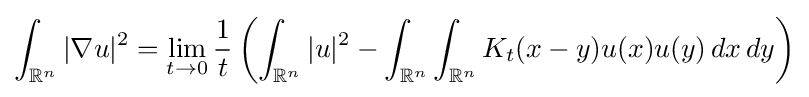
\int _{\mathbb {R} ^{n}}|\nabla u|^{2}=\lim _{t\to 0}{\frac {1}{t}}\left(\int _{\mathbb {R} ^{n}}|u|^{2}-\int _{\mathbb {R} ^{n}}\int _{\mathbb {R} ^{n}}K_{t}(x-y)u(x)u(y)\,dx\,dy\right)